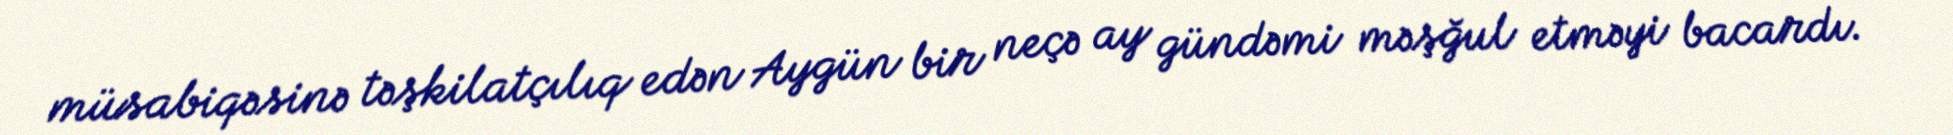
müsabiqəsinə təşkilatçılıq edən Aygün bir neçə ay gündəmi məşğul etməyi bacardı.